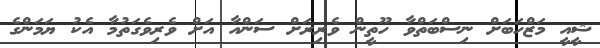
ޝީއީ މަޒްހަބަށް ނިސްބަތްވާ ހޫތީން ވެރިރަށް ސަންއާ އަށް ވެރިވެގަތުމާ އެކު ޔަމަންގެ